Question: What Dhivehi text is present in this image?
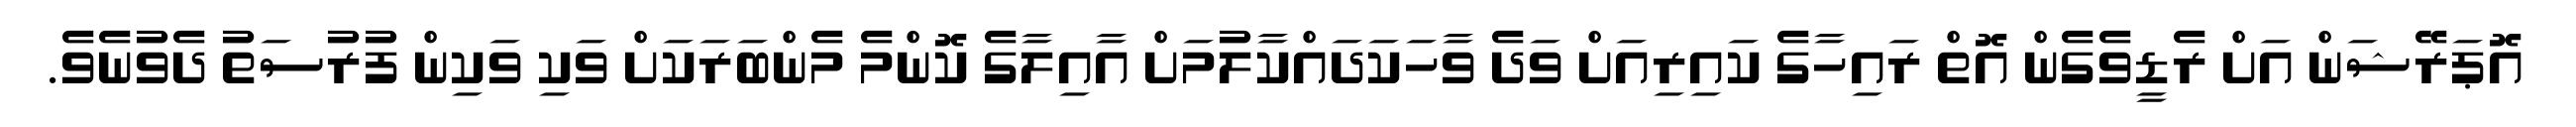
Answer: އޮޕަރޭޝަން އަށް ރެޑީވެގެން އޮތް ރައިހާގެ ކައިރިއަށް ވަދެ ވާހަކަދައްކާލުމަށް އާއިލާގެ ކޮންމެ މެންބަރަކަށް ވަކި ވަކިން ފުރުސަތު ދެވުނެވެ.